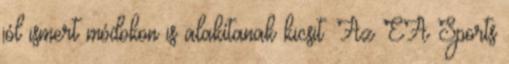
jól ismert módokon is alakítanak kicsit. Az EA Sports